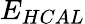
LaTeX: E_{HCAL}